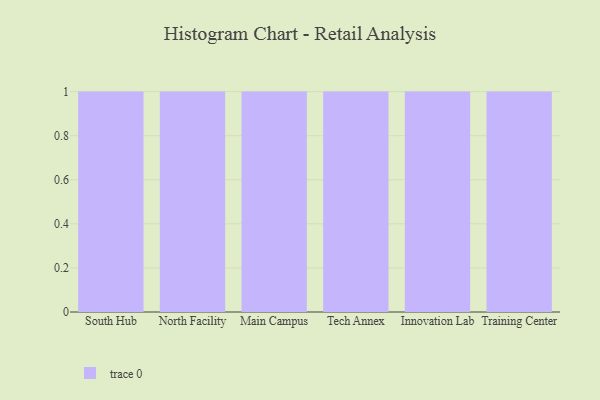
{"axis": {"x": "Campus", "y": "Production Output"}, "legend": [""], "data": [{"x": "South Hub", "y": 30, "type": ""}, {"x": "North Facility", "y": 2, "type": ""}, {"x": "Main Campus", "y": 83, "type": ""}, {"x": "Tech Annex", "y": 31, "type": ""}, {"x": "Innovation Lab", "y": 21, "type": ""}, {"x": "Training Center", "y": 31, "type": ""}]}